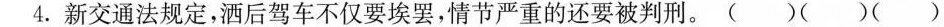
4.新交通法规定，酒后驾车不仅要埃罢，情节严重的还要被判刑。( ) ( ) ( )